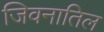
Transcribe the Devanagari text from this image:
जिवनातिल